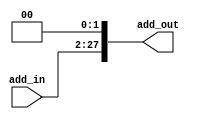
`timescale 1ns / 1ps

module shift_left2_jump(add_in,add_out);
input [25:0] add_in;
output [27:0] add_out;
assign add_out[27:0]={add_in[25:0],2'b00};
endmodule